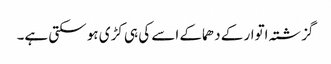
گزشتہ اتوار کے دھماکے اسے کی ہی کڑی ہو سکتی ہے۔